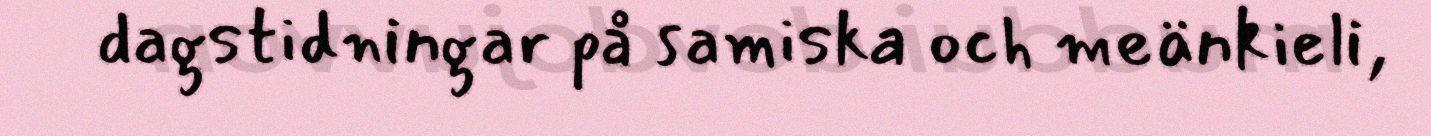
dagstidningar på samiska och meänkieli,